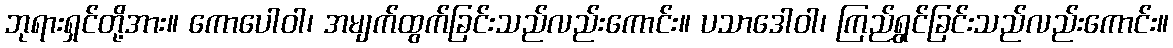
ဘုရားရှင်တို့အား။ ကောပေါဝါ၊ အမျက်ထွက်ခြင်းသည်လည်းကောင်း။ ပသာဒေါဝါ၊ ကြည်ရွှင်ခြင်းသည်လည်းကောင်း။